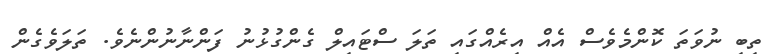
ތިބި ނުވަތަ ކޮންމެވެސް އެއް އިރެއްގައި ތަލަ ސްޓައިލް ގެންގުޅުނު ފަންނާނުންނެވެ. ތަލަވެގެން